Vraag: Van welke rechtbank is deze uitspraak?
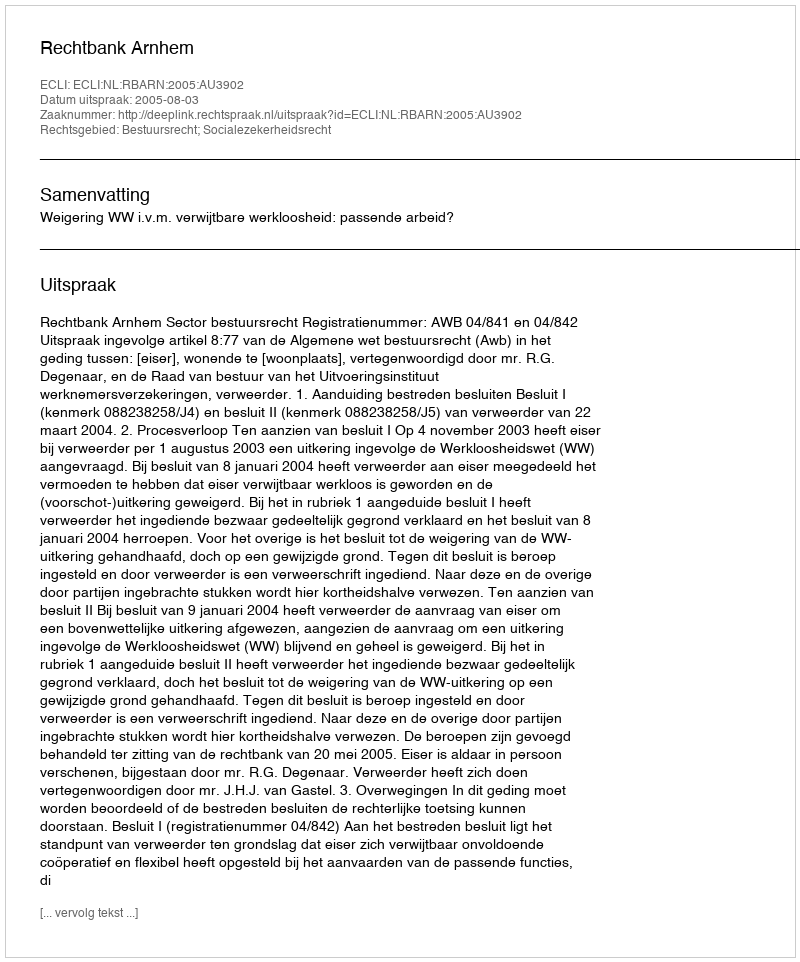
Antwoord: Rechtbank Arnhem